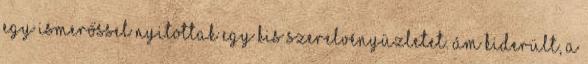
egy ismerőssel nyitottak egy kis szerelvényüzletet. Ám kiderült, a